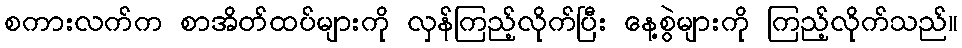
စကားလက်က စာအိတ်ထပ်များကို လှန်ကြည့်လိုက်ပြီး နေ့စွဲများကို ကြည့်လိုက်သည်။